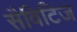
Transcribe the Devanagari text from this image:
सैविटिज